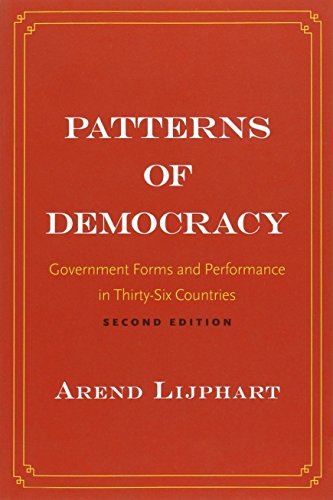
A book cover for Patterns of Democracy: Government Forms and Performance in Thirty-Six Countries; Arend Lijphart; Law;